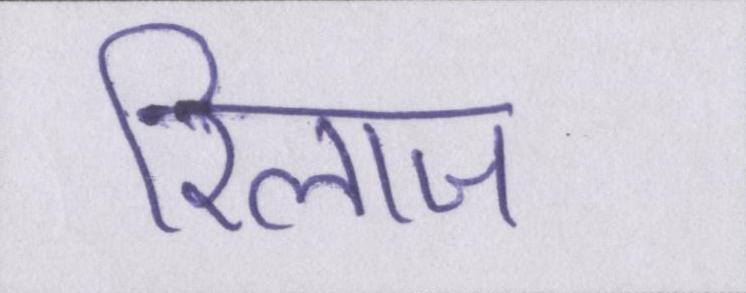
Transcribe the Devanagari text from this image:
रिलाज